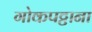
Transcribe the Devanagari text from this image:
गोकपट्टाना